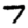
Digit: 7